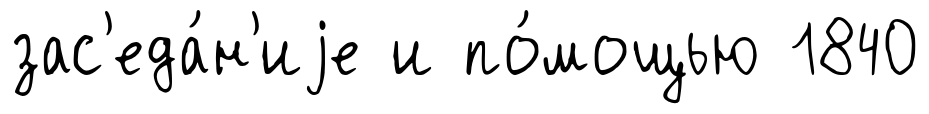
зас'еда́н'иjе и по́мощью 1840